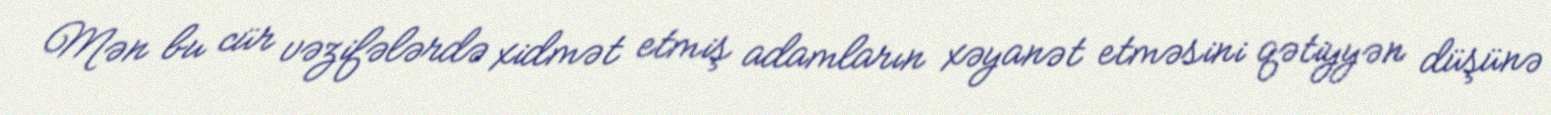
Mən bu cür vəzifələrdə xidmət etmiş adamların xəyanət etməsini qətiyyən düşünə